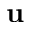
\mathbf { u }